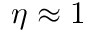
\eta \approx 1